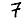
Digit: 7